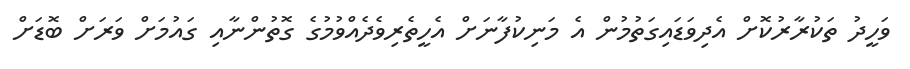
ވަހީދު ތަކުރާރުކޮށް އެދިވަޑައިގަތުމުން އެ މަނިކުފާނަށް އެހީތެރިވެދެއްވުމުގެ ގޮތުންނާއި ގައުމަށް ވަރަށް ބޮޑަށް